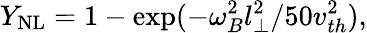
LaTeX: Y_{\mathrm{{NL}}}=1-\exp(-\omega_{B}^{2}l_{\bot}^{2}/50v_{th}^{2}),